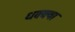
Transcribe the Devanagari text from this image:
धक्क्या